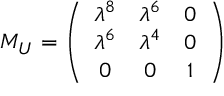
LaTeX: M _ { U } = \left( \begin{array} { c c c } { { \lambda ^ { 8 } } } & { { \lambda ^ { 6 } } } & { { 0 } } \\ { { \lambda ^ { 6 } } } & { { \lambda ^ { 4 } } } & { { 0 } } \\ { { 0 } } & { { 0 } } & { { 1 } } \end{array} \right)